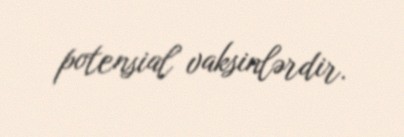
potensial vaksinlərdir.